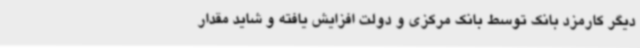
دیگر کارمزد بانک توسط بانک مرکزی و دولت افزایش یافته و شاید مقدار